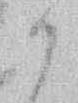
か